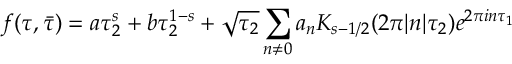
f ( \tau , \bar { \tau } ) = a \tau _ { 2 } ^ { s } + b \tau _ { 2 } ^ { 1 - s } + \sqrt { \tau _ { 2 } } \sum _ { n \ne 0 } a _ { n } K _ { s - 1 / 2 } ( 2 \pi | n | \tau _ { 2 } ) e ^ { 2 \pi i n \tau _ { 1 } }